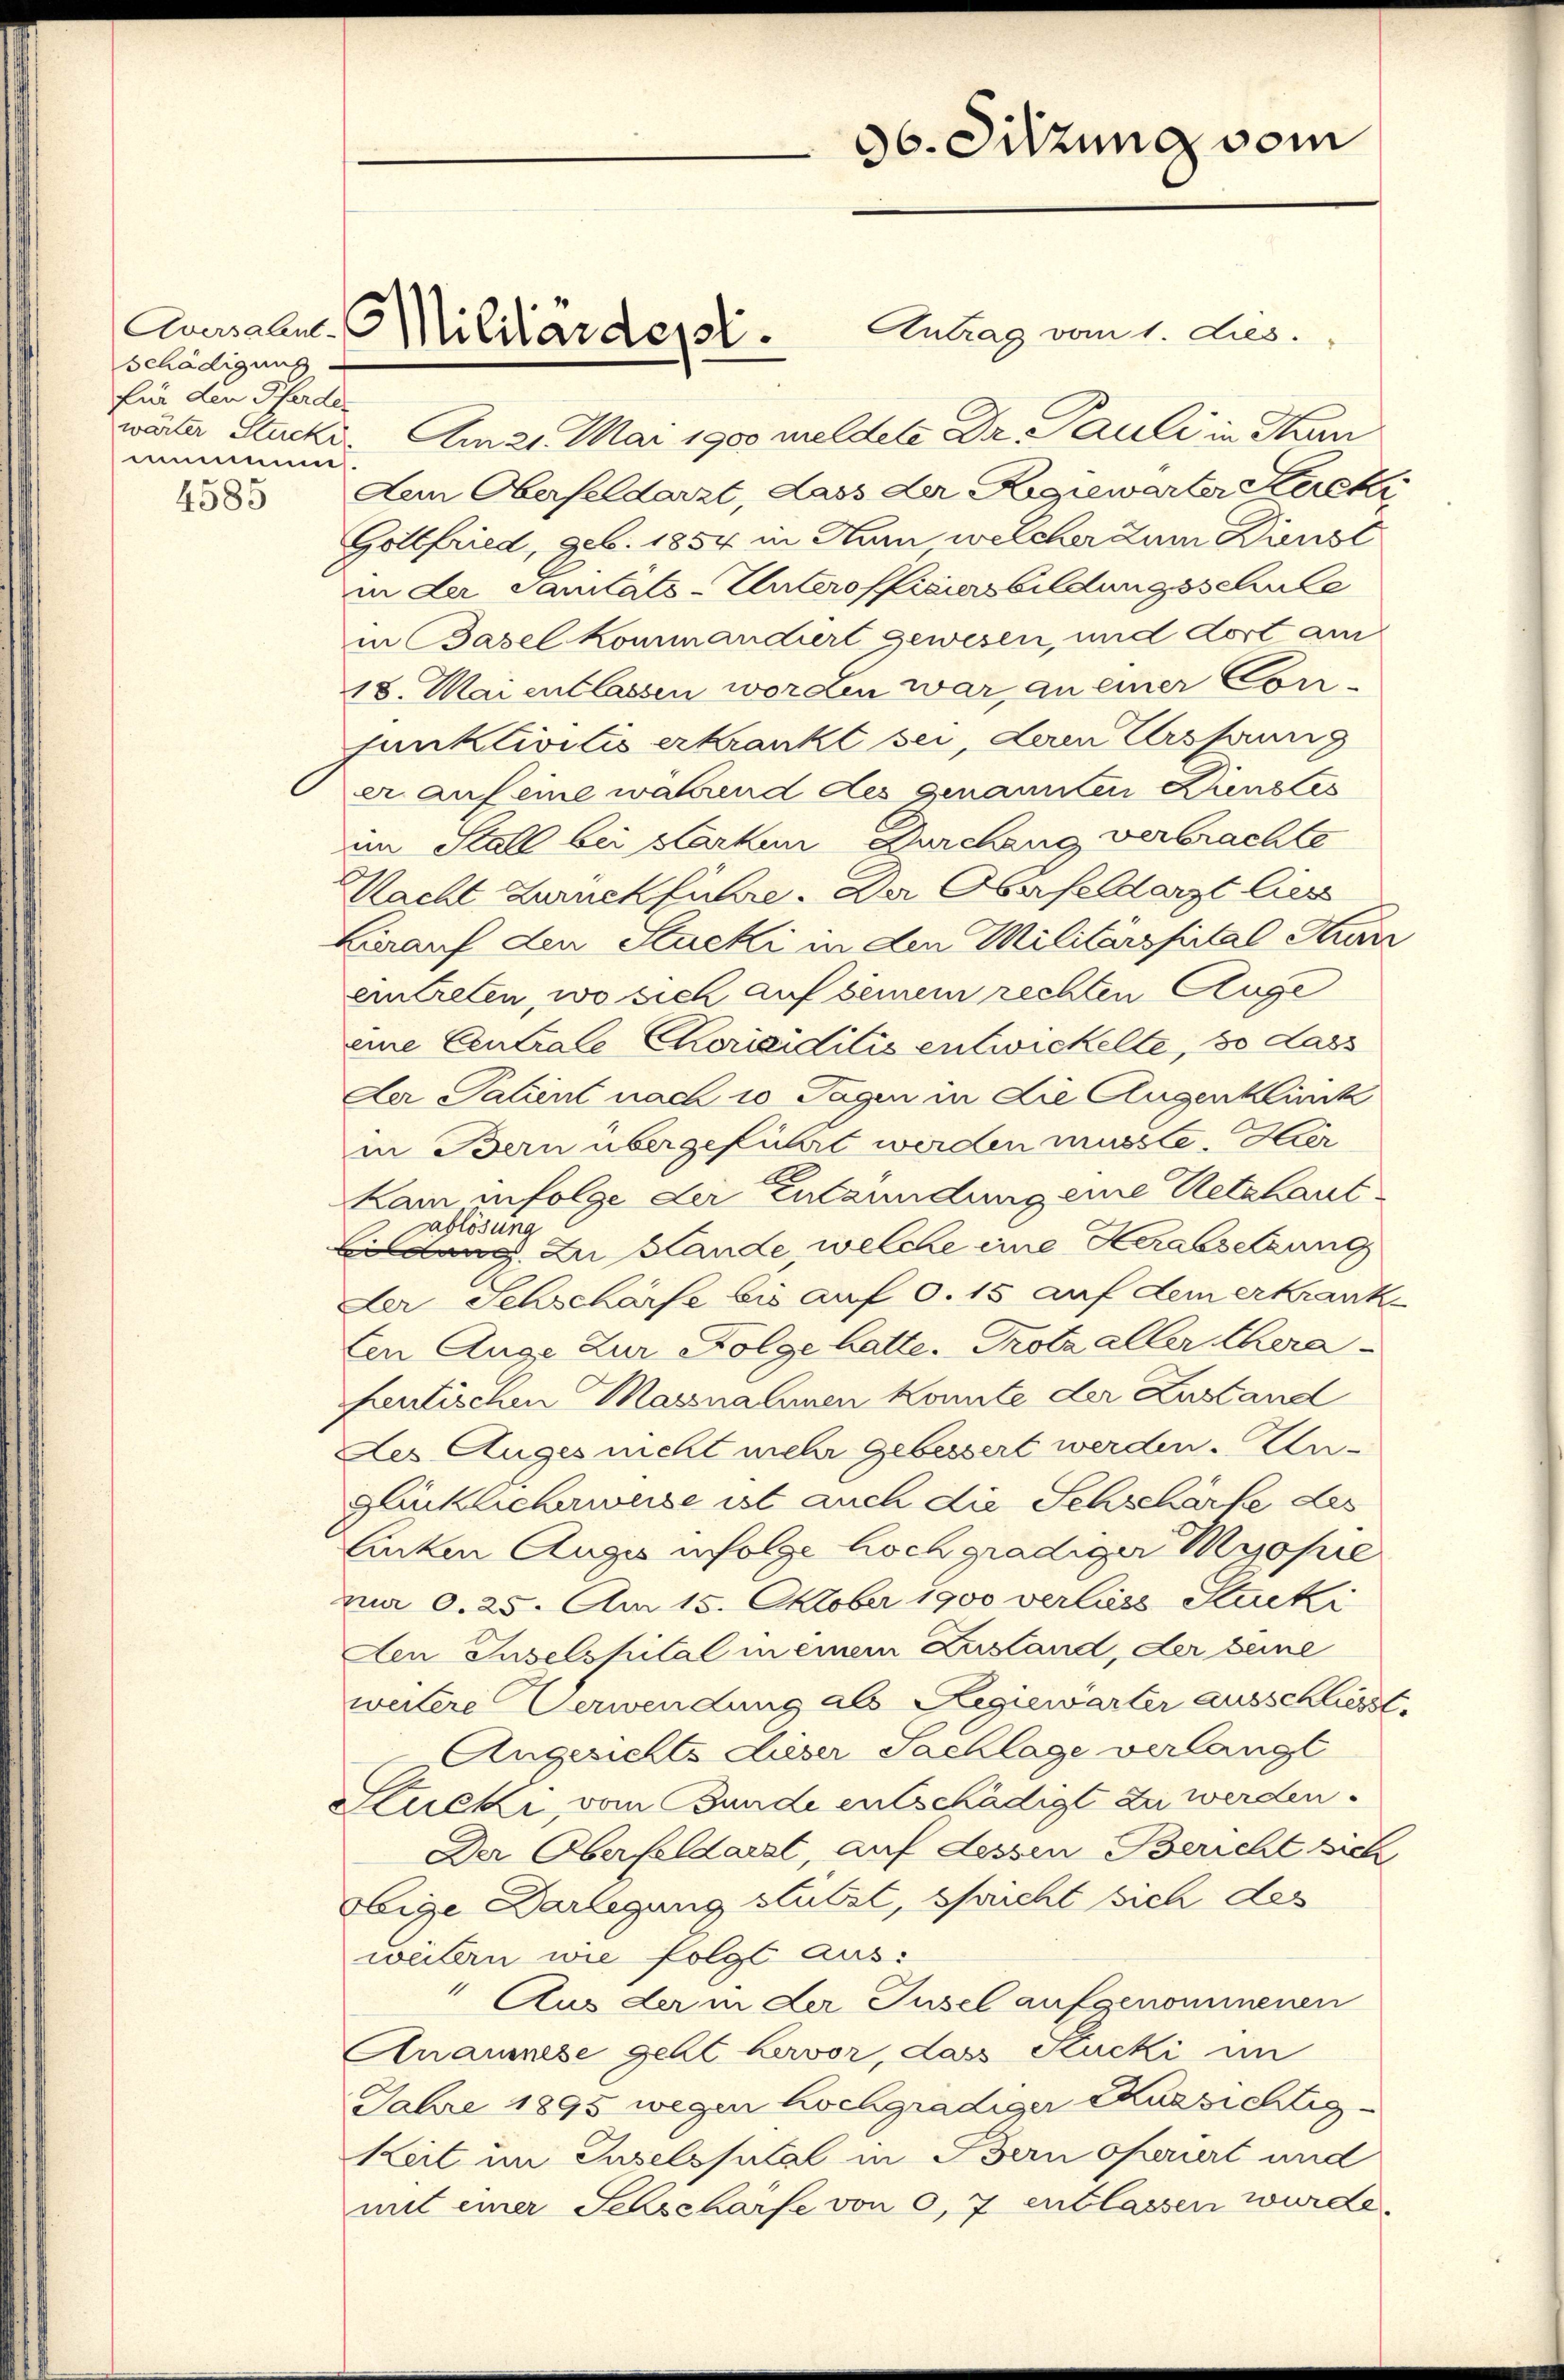
schädigung.
für den Pferden
mummnis.

4585

Antrag vom 1. dies.
wärter Stucker. Am 21. Mai 1900 meldete Dr. Pauli in Thun
Dem Oberfeldarzt, dass der Regiewarter Keret
Gottfried, geb. 1854 in Hum, welcher zum Dünst
in der Sanitäts-Unterofficiers bildungsschrite
in Basel kommandiert gewesen, und dort am
18. Mai entlassen worden war, an einer Conjunktivilis erkrankt sei, deren Ursprung
er auf eine während des genannten Dienstes
im Stall bei starkem Durchang verbrachte
Macht Zurückführe. Der Oberfeldarzt liess
Larauf den Stacki in den Militärspital Kunz
eintreten, wo sich auf seinem rechten Auge
eine Centrale Chorisidiis entwickelte, so dass
Der Salient nach 10 Tagen in die Augenklinck
in Bern übergeführt werden müsste. Hier
kam infolge der Entzündung eine Netzhaut¬
Sablösung
idung. Zu Hande welche eine Herabsetzung
Der Schschärfe bis auf 0.15 auf dem erkrank¬
Ein Auge Zur Folge hatte. Trotz aller hera
hentischen Massnahmen konnte der Zustand
Des Auges nicht mehr gebessert werden. Unglücklicherweise ist auch die Schschärfe des
lucken Auge infolge hoch gradiger Mesopie
ja 0. 25. Am 15. Oktober 1900 verliess Stucki
Aen Juselspital in einem Zustand, der seine
weitere Verwendung als Regiewärter ausschliesst.
Angesichte dieser Sachlage verlangt
Stucki vom Bunde entschädigt zu werden.
Der Oberfeldarzt, auf dessen Bericht sich
Obige Darlegung stützt, spricht sich des
weitern wie folgt aus.
Aus der in der Jusel aufgenommenen
Anaumese geht hervor, dass Stucki im
Jahre 1895 wegen hochgradiger Aussichtig
Keit in Guselspital in Bern operiert und
mit einer Schscharfe von 0,7 entlassen wurde.

Causalen Militärdept.

96. Sitzung vom